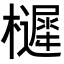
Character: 𭬱